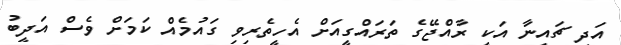
އަދި ޗައިނާ އަކީ ރާއްޖޭގެ ތަރައްގީއަށް އެހީތެރިވި ގައުމެއް ކަަމަށް ވެސް އަދީބު